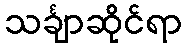
သင်္ချာဆိုင်ရာ